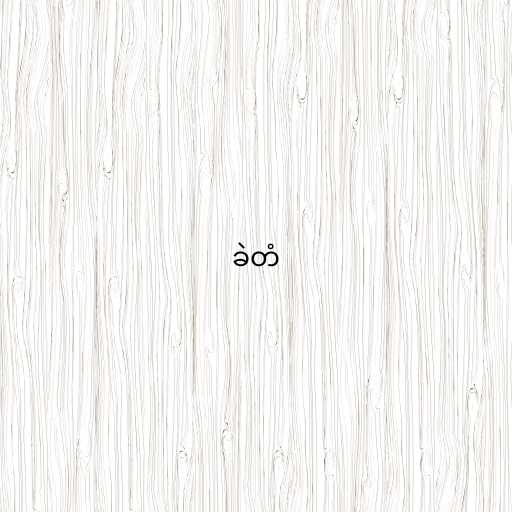
ခဲတံ